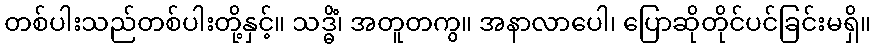
တစ်ပါးသည်တစ်ပါးတို့နှင့်။ သဒ္ဓိံ၊ အတူတကွ။ အနာလာပေါ၊ ပြောဆိုတိုင်ပင်ခြင်းမရှိ။